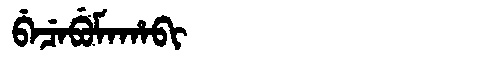
Manchu: ᠪᡝᠴᡝᠪᡠᠮᠠᡥᠠᠪᡳ
Romanization: BECEBUMAHABI